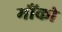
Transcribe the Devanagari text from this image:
मौंको